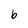
Character: b